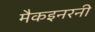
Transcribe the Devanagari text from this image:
मैकइनरनी